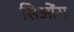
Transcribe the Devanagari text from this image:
सिओंस